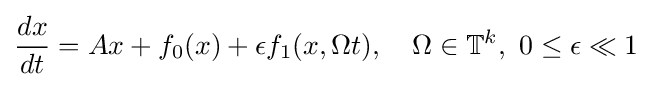
{\frac {dx}{dt}}=Ax+f_{0}(x)+\epsilon f_{1}(x,\Omega t),\quad \Omega \in \mathbb {T} ^{k},\ 0\leq \epsilon \ll 1